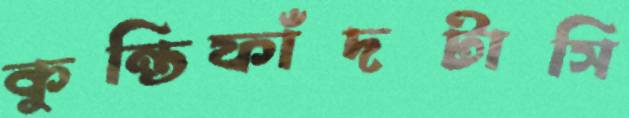
কুন্তিফাঁদটাসি